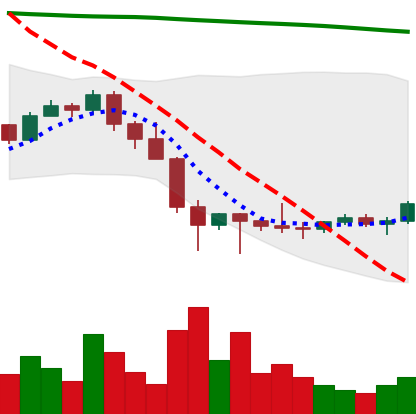
Ticker: LTC-USD
Chart end date: 2022-02-01
Forward return: 10.436%
Label: up_7plus